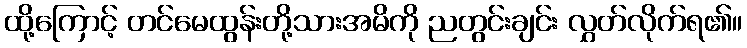
ထို့ကြောင့် တင်မေထွန်းတို့သားအမိကို ညတွင်းချင်း လွှတ်လိုက်ရ၏။